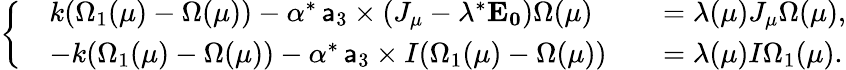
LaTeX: \left\{ \begin{array}{rlrl}&{k(\Omega_{1}(\mu)-\Omega(\mu))-\alpha^{*}\, \mathsf{a}_{3}\times(J_{\mu}-\lambda^{*}\mathbf{E_{0}})\Omega(\mu)}&&{=\lambda(\mu)J_{\mu}\Omega(\mu),}\\ &{-k(\Omega_{1}(\mu)-\Omega(\mu))-\alpha^{*}\, \mathsf{a}_{3}\times I(\Omega_{1}(\mu)-\Omega(\mu))}&&{=\lambda(\mu)I\Omega_{1}(\mu).}\end{array}\right.